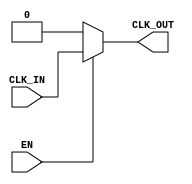
module clock_buffer #(
    parameter NUM_OUTPUTS = 1,          // Number of clock outputs
    parameter DRIVE_STRENGTH = 1         // Drive strength configuration (1, 2, 3, etc.)
) (
    input wire CLK_IN,                   // Clock input
    input wire EN,                       // Enable signal
    output wire [NUM_OUTPUTS-1:0] CLK_OUT // Clock outputs
);

    // Internal signal for buffered clock
    wire clk_buffered;

    // Buffering the clock signal with a simple delay
    // The delay can be adjusted based on technology specifics
    assign #2 clk_buffered = CLK_IN; // Propagation delay of 2ns (example)

    // Generate clock outputs based on the enable signal
    genvar i;
    generate
        for (i = 0; i < NUM_OUTPUTS; i = i + 1) begin : clk_out_gen
            assign CLK_OUT[i] = EN ? clk_buffered : 1'b0; // Drive output only if enabled
        end
    endgenerate

    // Drive strength configuration (simplified example)
    // In a real implementation, this would involve technology-specific primitives
    // For demonstration, we will just use a simple buffer
    // In practice, you would replace this with actual drive strength configurations
    // based on your synthesis tool and technology library.

endmodule